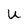
Character: u